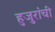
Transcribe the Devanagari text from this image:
हुजुरांची